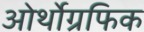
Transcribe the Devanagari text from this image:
ओर्थोग्रफिक